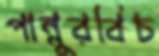
পান্নুরবিচ